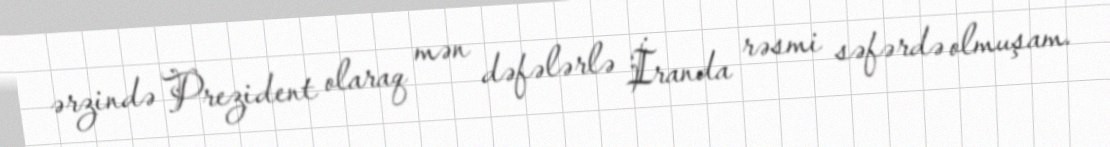
ərzində Prezident olaraq mən dəfələrlə İranda rəsmi səfərdə olmuşam.